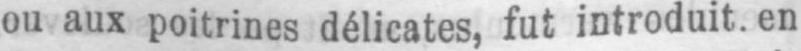
ou aux poitrines délicates, fut introduit, en